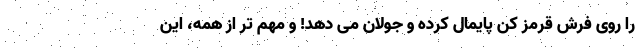
را روی فرش قرمز کن پایمال کرده و جولان می دهد! و مهم تر از همه، این